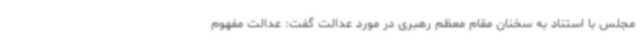
مجلس با استناد به سخنان مقام معظم رهبری در مورد عدالت گفت: عدالت مفهوم